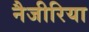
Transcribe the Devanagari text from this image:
नैजीरिया